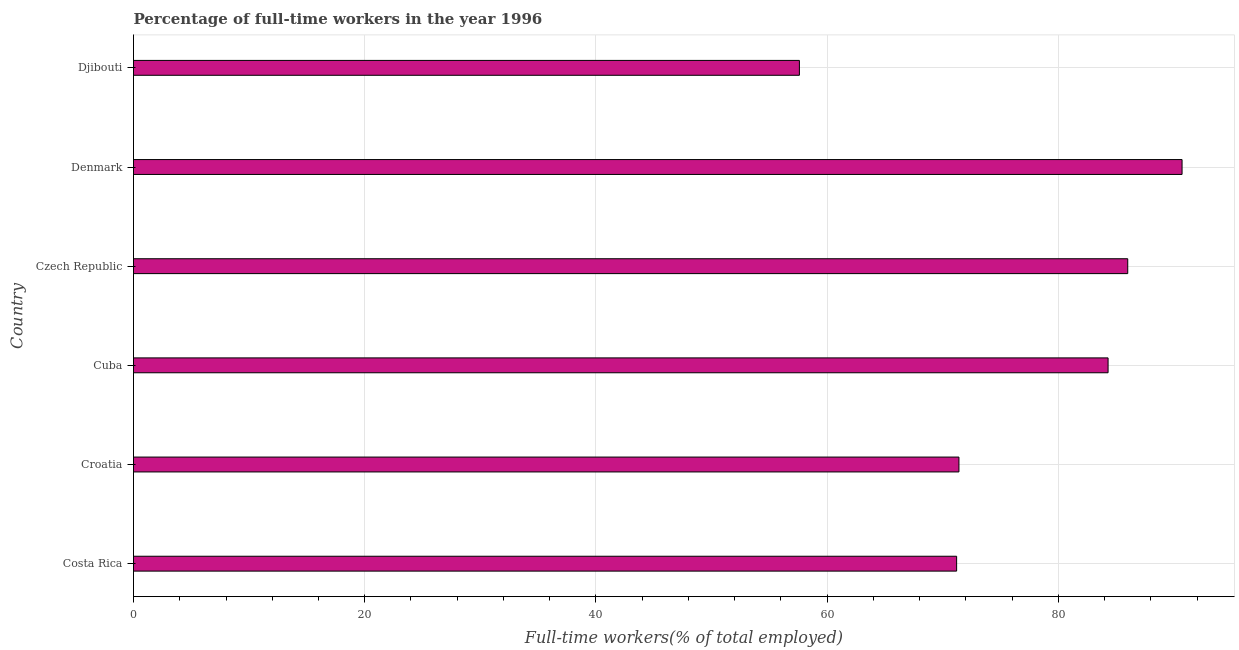
| Country | Wage and salaried workers |
 | --- | --- |
 | Costa Rica | 71.2 |
 | Croatia | 71.4 |
 | Cuba | 84.3 |
 | Czech Republic | 86 |
 | Denmark | 90.7 |
 | Djibouti | 57.6 |